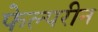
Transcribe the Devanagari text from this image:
फेल्परीन